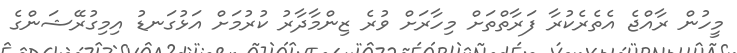
މީހުން ރާއްޖެ އެތެރެކުރާ ފަރާތްތަށް މިހާރަށް ވުރެ ޒިންމާދާރު ކުރުމަށް އަޅުގަނޑު އިމިގުރޭޝަންގެ